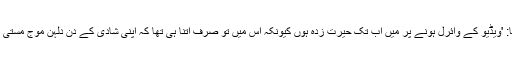
انہوں نے کہا: 'ویڈیو کے وائرل ہونے پر میں اب تک حیرت زدہ ہوں کیونکہ اس میں تو صرف اتنا ہی تھا کہ اپنی شادی کے دن دلہن موج مستی کر رہی ہے۔